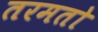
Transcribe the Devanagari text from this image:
तरमतो